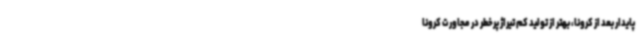
پایدار بعد از کرونا، بهتر از تولید کم تیراژ پرخطر در مجاورت کرونا